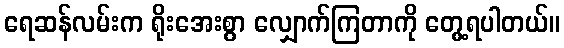
ရေဆန်လမ်းက ရိုးအေးစွာ လျှောက်ကြတာကို တွေ့ရပါတယ်။